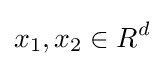
x_{1},x_{2}\in R^{d}